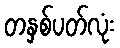
တနှစ်ပတ်လုံး